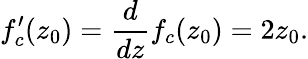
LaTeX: f_{c}^{\prime}(z_{0})={\frac{d}{dz}}f_{c}(z_{0})=2z_{0}.